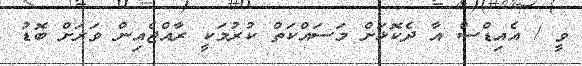
ވީ / އެއިޑްސް އާ ދެކޮޅަށް މަސައްކަތް ކުރުމަކީ ރާއްޖެއިން ވަރަށް ބޮޑު